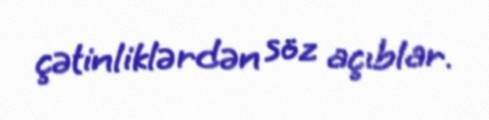
çətinliklərdən söz açıblar.